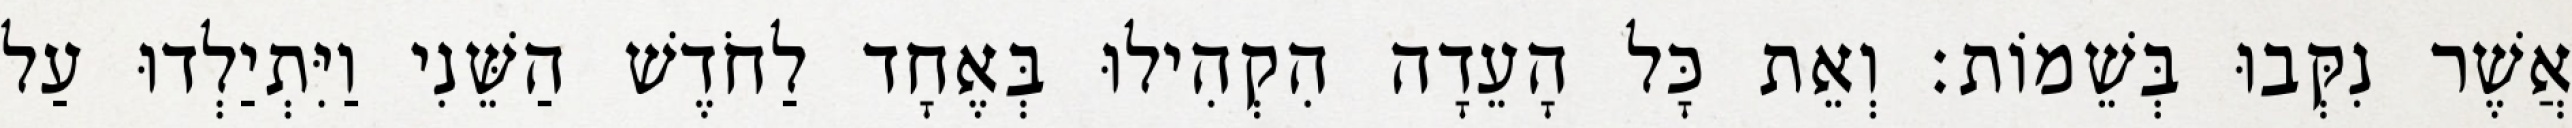
אֲשֶׁר נִקְּבוּ בְּשֵׁמוֹת׃ וְאֵת כָּל הָעֵדָה הִקְהִילוּ בְּאֶחָד לַחֹדֶשׁ הַשֵּׁנִי וַיִּתְיַלְדוּ עַל